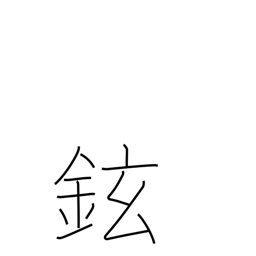
Meaning: handle